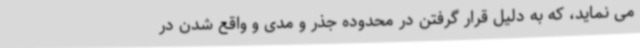
می نماید، که به دلیل قرار گرفتن در محدوده جذر و مدی و واقع شدن در